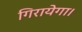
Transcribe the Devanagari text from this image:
गिरायेगा।